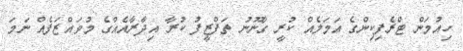
ހިއުމަން ޓްރެފިކިންގެ އަމަލެއް ކުރީ ގާނޫނު ތަފްޒީފު ކުރާ އިދާރާއެއްގެ މުވައްޒަފެއް ނަމަ